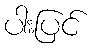
ပါးပြင်